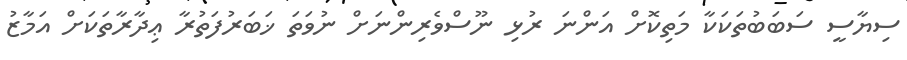
ސިޔާސީ ސަބަބުތަކަކާ މަތިކޮށް އަންނަ ރުޅި ނޫސްވެރިންނަށް ނުވަތަ ޚަބަރުފަތުރާ ޢިދާރާތަކަށް އަމާޒު